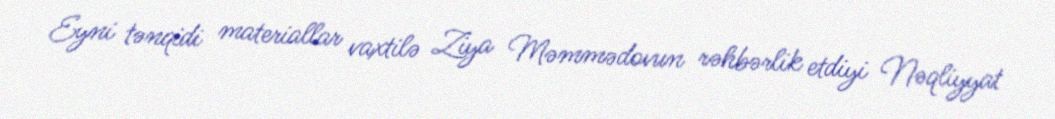
Eyni tənqidi materiallar vaxtilə Ziya Məmmədovun rəhbərlik etdiyi Nəqliyyat